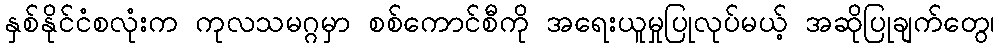
နှစ်နိုင်ငံစလုံးက ကုလသမဂ္ဂမှာ စစ်ကောင်စီကို အရေးယူမှုပြုလုပ်မယ့် အဆိုပြုချက်တွေ၊